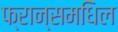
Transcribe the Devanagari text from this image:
फ्रान्समधिल